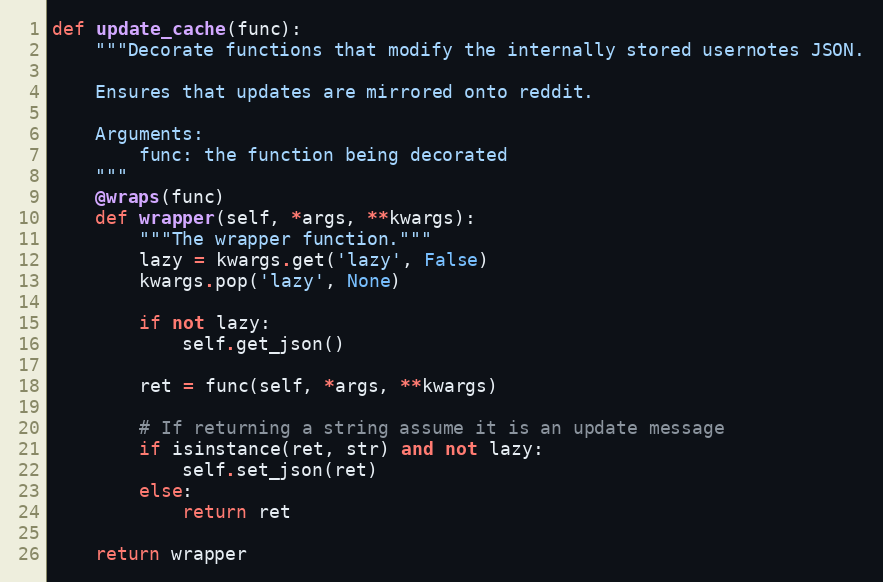
Language: Python
def update_cache(func):
    """Decorate functions that modify the internally stored usernotes JSON.

    Ensures that updates are mirrored onto reddit.

    Arguments:
        func: the function being decorated
    """
    @wraps(func)
    def wrapper(self, *args, **kwargs):
        """The wrapper function."""
        lazy = kwargs.get('lazy', False)
        kwargs.pop('lazy', None)

        if not lazy:
            self.get_json()

        ret = func(self, *args, **kwargs)

        # If returning a string assume it is an update message
        if isinstance(ret, str) and not lazy:
            self.set_json(ret)
        else:
            return ret

    return wrapper